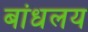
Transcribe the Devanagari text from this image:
बांधलय